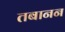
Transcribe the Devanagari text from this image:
तबानन